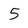
Character: 5